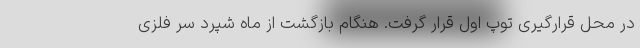
در محل قرارگیری توپ اول قرار گرفت. هنگام بازگشت از ماه شپرد سر فلزی